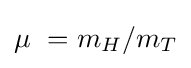
\mu \ =m_{H}/m_{T}